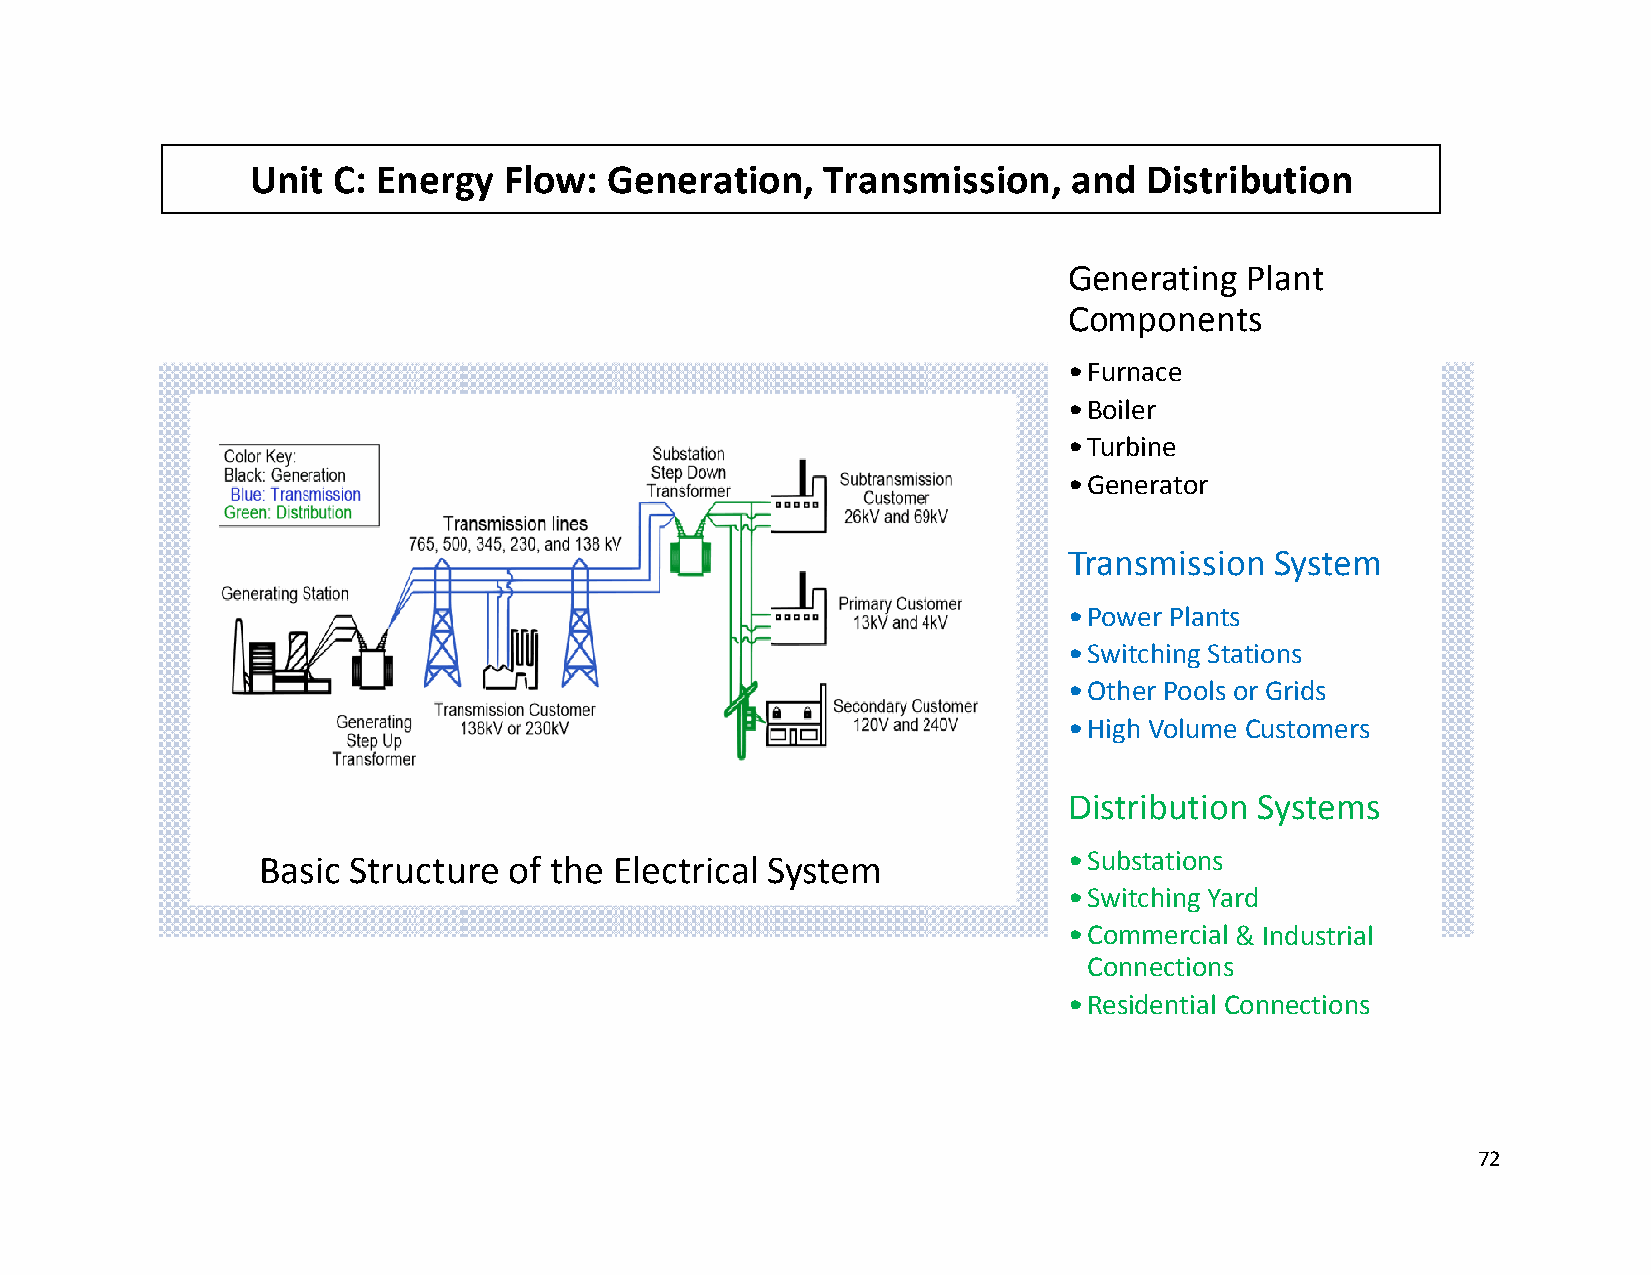
Unit C: Energgy Flow:  GGeneratioon , Transmmission,  aand Distriibution
 GGeneratingg Plant
 CComponents
 ••Furnace
 ••Boiler
 ••Turbine
 ••Generator
 TTransmissioon System
 ••Power Plantss
 ••Switching Staations
 ••Other Pools or Grids
 ••High Volumee Customers
 DDistributionn Systems
 Bassic Structuure of the EElectrical SSystem          ••Substations
 ••Switching Yard
 ••Commercial & Industrial
 Connections
 ••Residential CConnections
 72